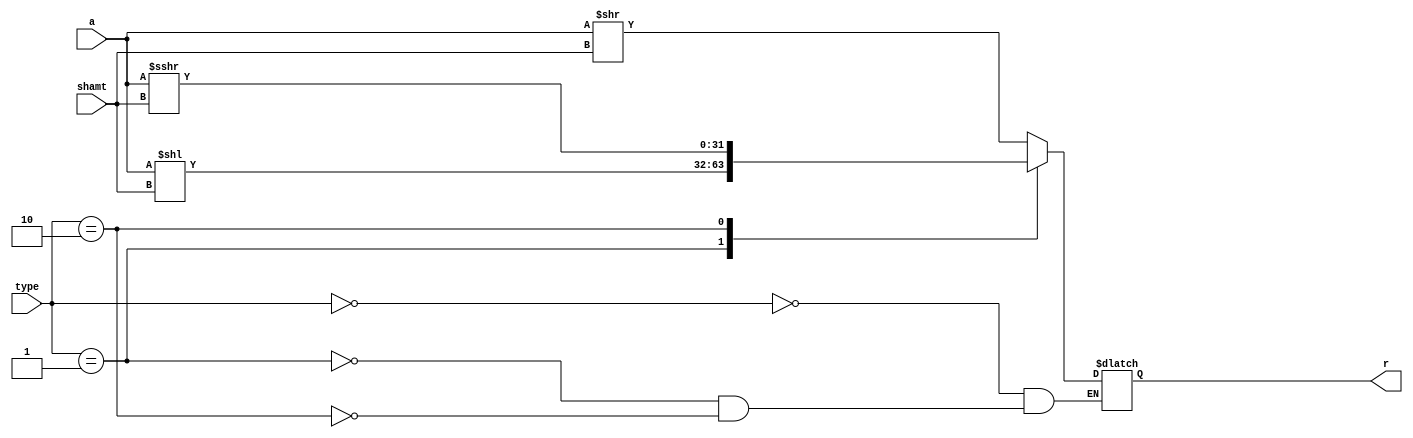
`timescale 1ns / 1ps
//////////////////////////////////////////////////////////////////////////////////
// Company: 
// Engineer: 
// 
// Design Name: 
// Module Name: shifter
// Project Name: 
// Target Devices: 
// Tool Versions: 
// Description: 
// 
// Dependencies: 
// 
// Revision:ss
// Revision 0.01 - File Created
// Additional Comments:
// 
//////////////////////////////////////////////////////////////////////////////////


module shifter( input [31:0]a,  input shamt, input [1:0] type, output reg [31:0] r);

 always@ (*)
 begin  
 case (type)
   //
 //we're supposed to shift a by the amount, depending on alufn (?)
2'b00: r = a >> shamt; //srl
2'b01: r = a << shamt; //sll
2'b10: r = a >>> shamt; // sra


 endcase
 

end
endmodule